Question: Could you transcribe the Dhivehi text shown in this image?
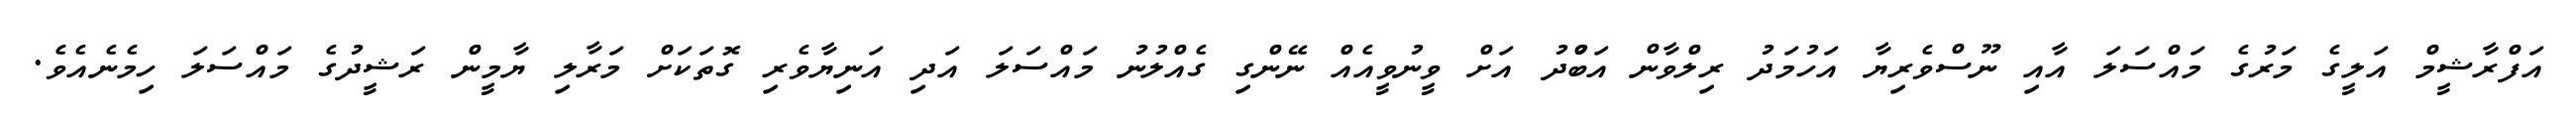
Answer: އަފްރާޝީމް އަލީގެ މަރުގެ މައްސަލަ އާއި ނޫސްވެރިޔާ އަހުމަދު ރިލްވާން އަބްުދު އަށް ވީނުވީއެއް ނޭންގި ގެއްލުނު މައްސަލަ އަދި އަނިޔާވެރި ގޮތަކަށް މަރާލި ޔާމީން ރަޝީދުގެ މައްސަލަ ހިމެނެއެވެ.